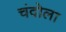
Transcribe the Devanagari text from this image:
चंदोला